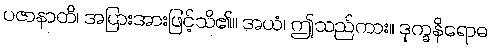
ပဇာနာတိ၊ အပြားအားဖြင့်သိ၏။ အယံ၊ ဤသည်ကား။ ဒုက္ခနိရောဓ